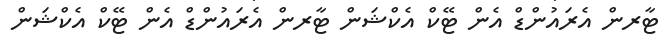
ޓާރން އެރައުންޑް އެން ޓޭކް އެކްޝަން ޓާރން އެރައުންޑް އެން ޓޭކް އެކްޝަން